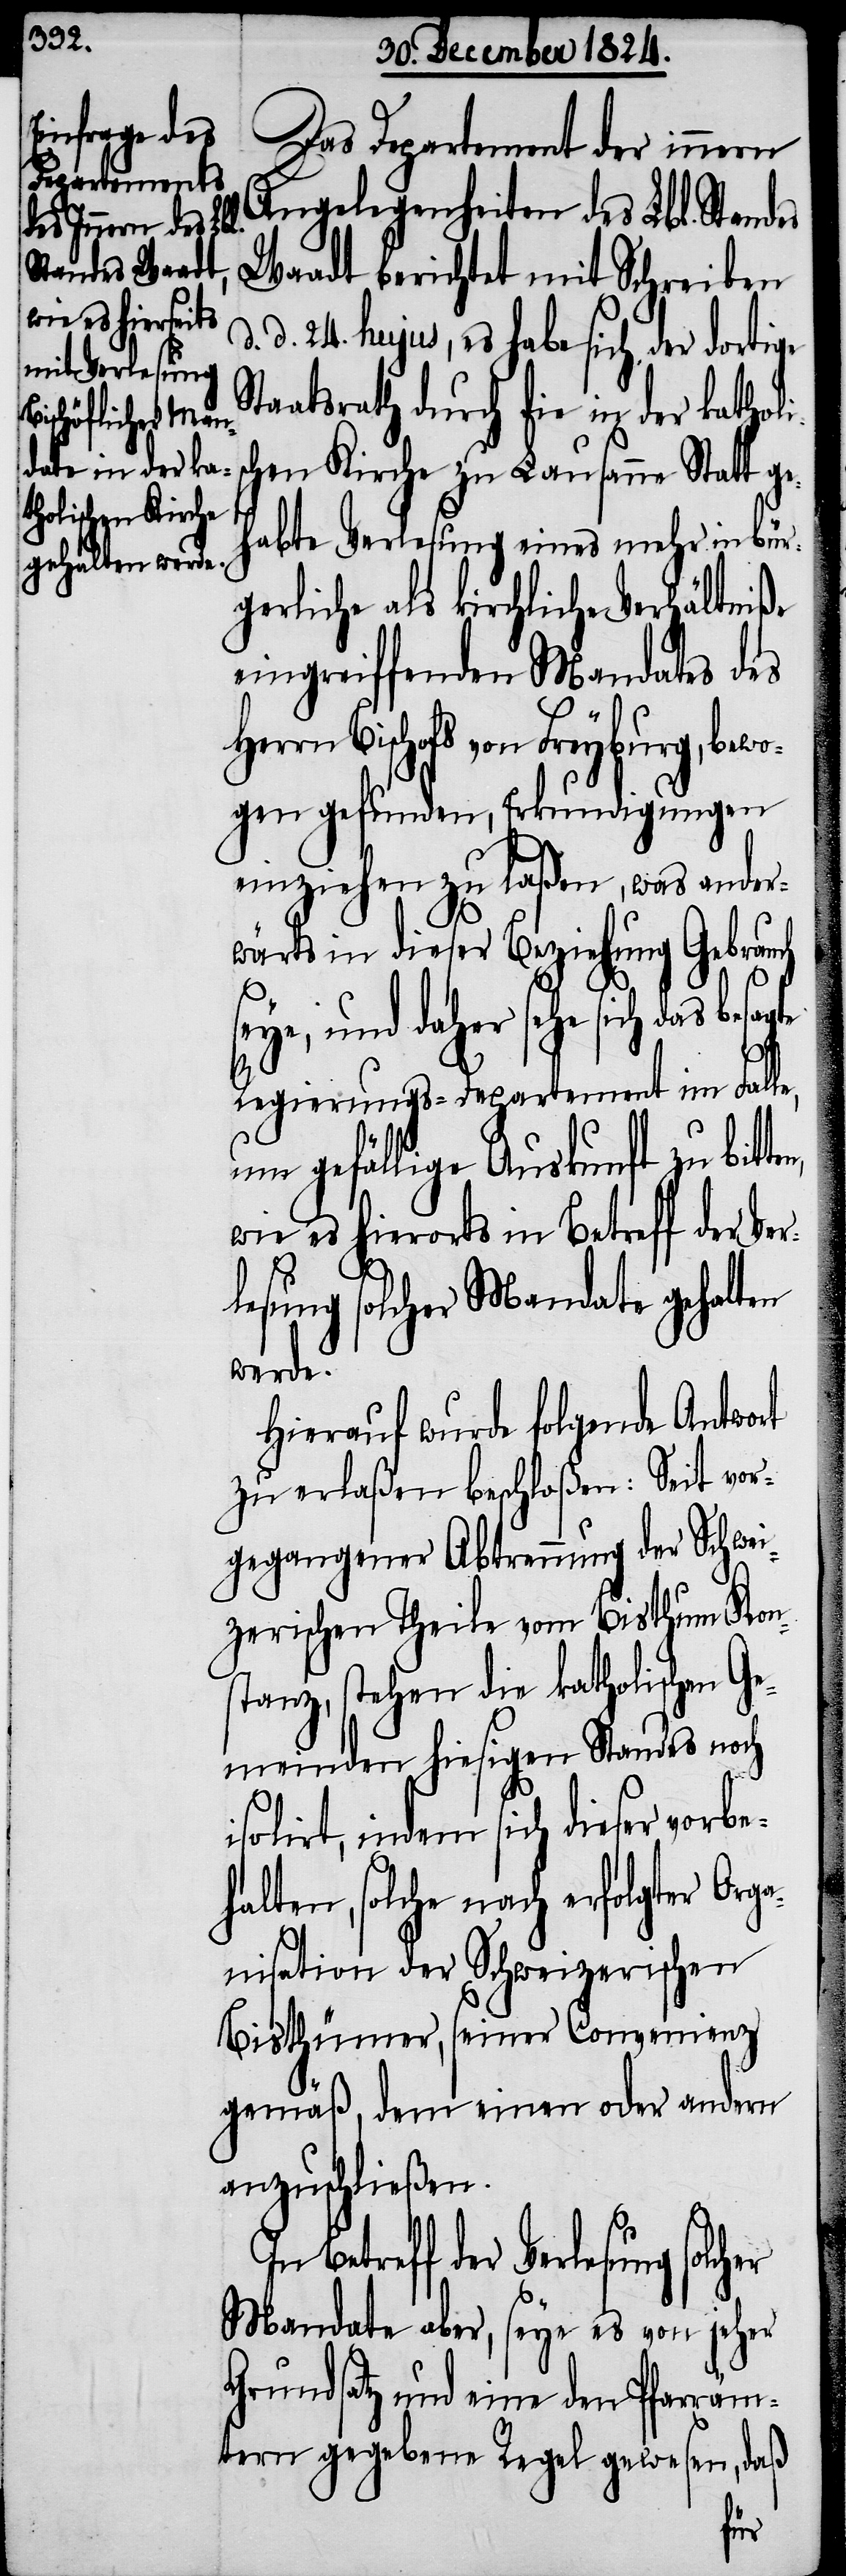
andes Wa¬
wie es hierorts

Das Departement der innern
Angelegenheiten des Lbl. St¬
adt berichtet mit Schreiben
d. 24. hujus, es habe sich der dortige
Staatsrath durch die in der katholi¬
schen Kirche zu Lausanne Statt ge¬
habte Verlesung eines mehr in bür¬
gerliche als kirchliche Verhältniße
eingreiffenden Mandates des
Bischofs von Freyburg, bewo¬
gen gefunden, Erkundigungen
einziehen zu laßen, was ander¬
wärts in dieser Beziehung Gebrauch
in Betreff der Ver¬
Regierungs-Departement im Falle,
um gefällige Auskunft zu
lesung solcher Mandate gehalten
werde.
Hierauf wurde folgende Antwort
zu erlaßen beschloßen: Seit vor¬
gegangener Abtrennung der Schwei¬
zerischen Theile vom Bisthum Kons¬
tanz, stehen die katholischen Ge¬
meinden hiesigen Standes noch
isolirt, indem sich dieser vorbe¬
halten, solche nach erfolgter Orga¬
nisation der Schweizerischen
Bisthümer, seiner Convenienz
gemäß, dem einen oder andern
anzuschließen.
der Verlesung solcher
Mandate aber, seye es von jeher
Grundsatz und eine den Pfarräm¬
tern gegebene Re¬
gel gewesen,